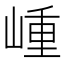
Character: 𡺍